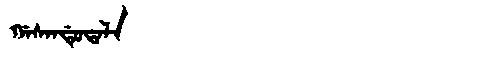
Manchu: ᡤᠠᠰᠠᠨᡩᡠᡨᠠᠯᠠ
Romanization: GASANDUTALA